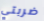
ضربتي